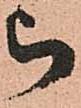
被